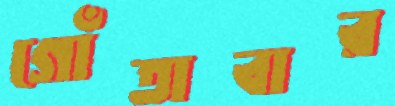
গোঁতাবার